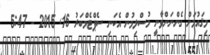
މިޤައުމަށް ގެންނަންވާނީ މުސްލިމުން އެކަނި ސެޕްޓެމްބަރު 16